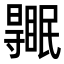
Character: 𥋹